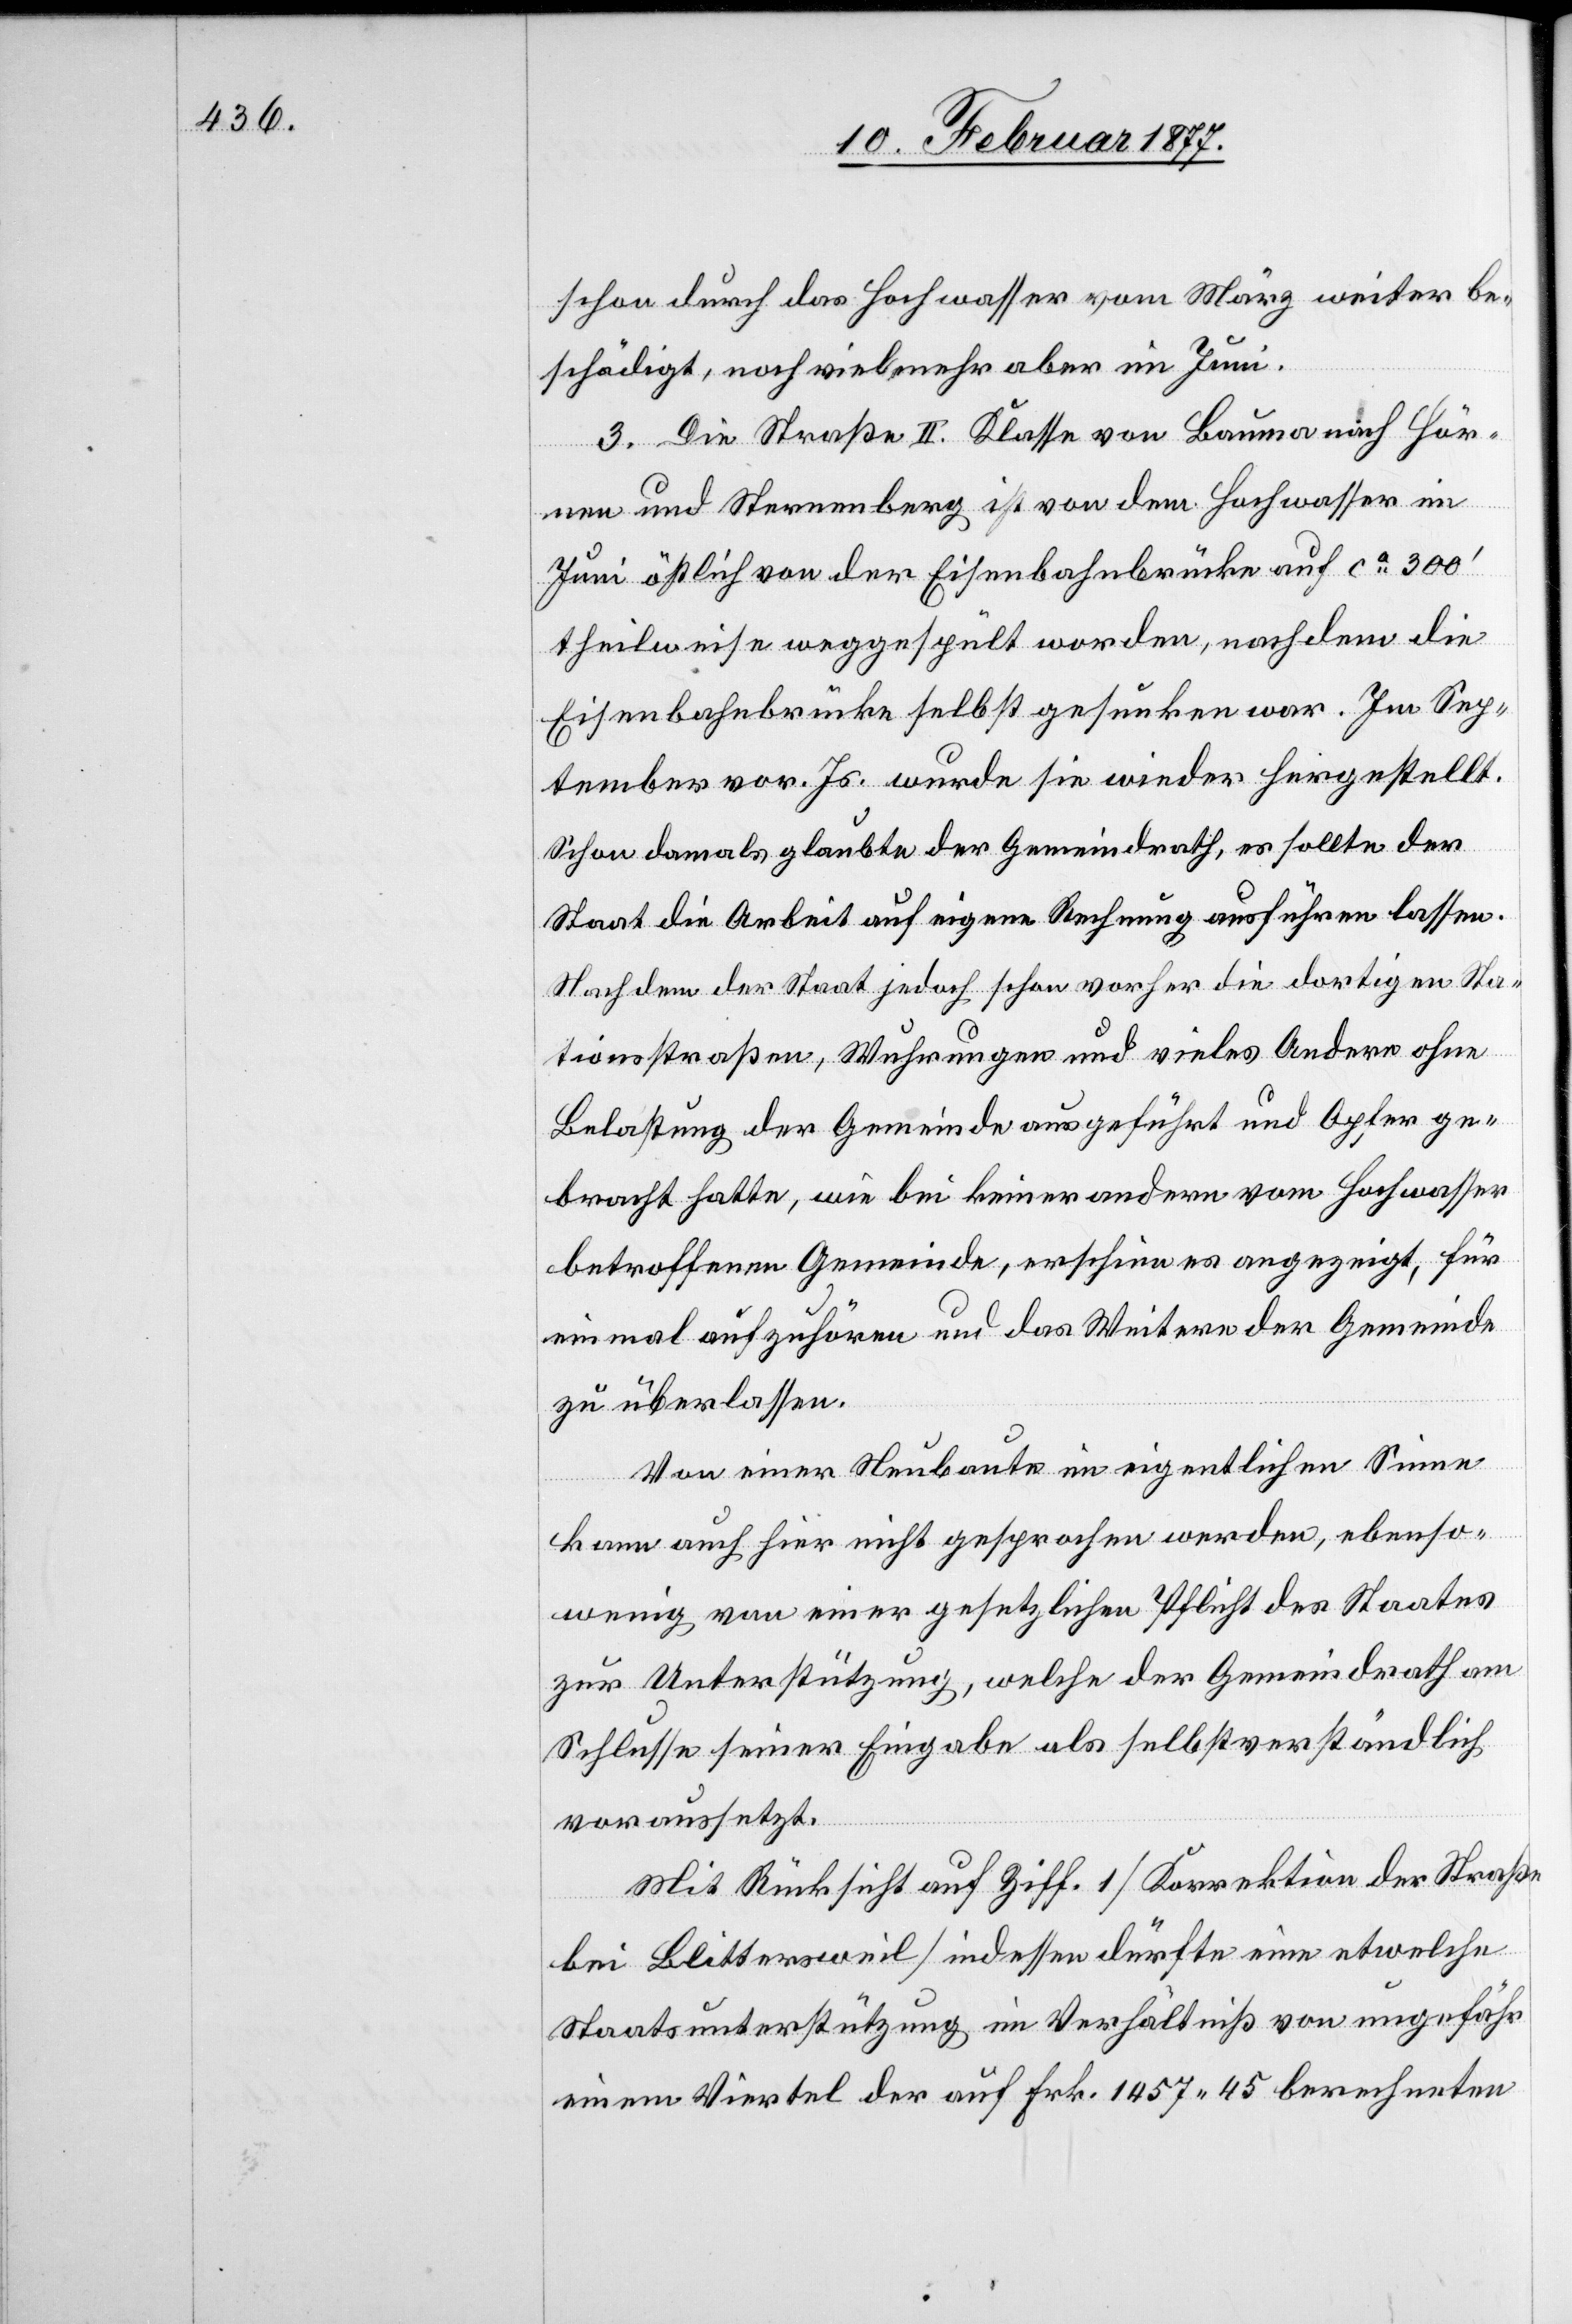
schon durch das Hochwasser vom März weiter be¬
schädigt, noch viel mehr aber im Juni.
3. Die Straße II. Klasse von Bauma nach Hör¬
nen und Sternenberg ist von dem Hochwasser im
Juni östlich von der Eisenbahnbrücke auf ca 300’
theilweise weggespült worden, nachdem die
Eisenbahnbrücke selbst gesunken war. Im Sep¬
tember vor. Js. wurde sie wieder hergestellt.
Schon damals glaubte der Gemeindrath, es sollte der
Staat die Arbeit auf eigene Rechnung ausführen lassen.
Nachdem der Staat jedoch schon vorher die dortigen Sta¬
tionsstraßen, Wuhrungen und vieles Andere ohne
Belastung der Gemeinde ausgeführt und Opfer ge¬
bracht hatte, wie bei keiner andern vom Hochwasser
betroffenen Gemeinde, erschien es angezeigt, für
einmal aufzuhören und das Weitere der Gemeinde
zu überlassen.
Von einer Neubaute im eigentlichen Sinne
kann auch hier nicht gesprochen werden, ebenso¬
wenig von einer gesetzlichen Pflicht des Staates
zur Unterstützung, welche der Gemeindrath am
Schlusse seiner Eingabe als selbstverständlich
voraussetzt.
Mit Rücksicht auf Ziff. 1 [Korrektion der Straße
bei Blittersweil] indessen dürfte eine etwelche
Staatsunterstützung im Verhältniß von ungefähr
einem Viertel der auf Frk. 1457.45 berechneten